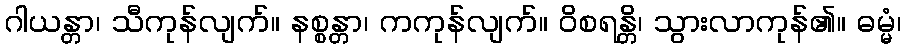
ဂါယန္တာ၊ သီကုန်လျက်။ နစ္စန္တာ၊ ကကုန်လျက်။ ဝိစရန္တိ၊ သွားလာကုန်၏။ ဓမ္မံ၊